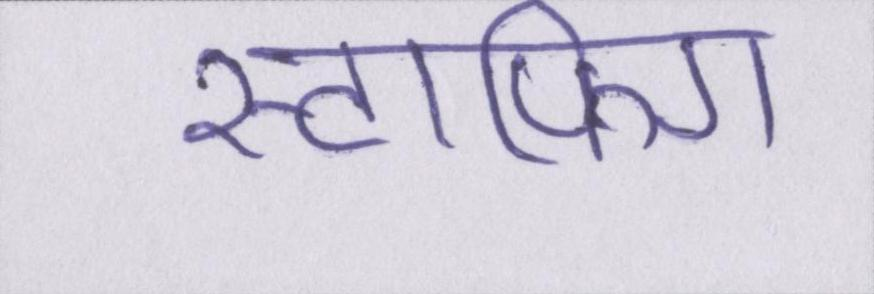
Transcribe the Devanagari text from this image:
स्टाफिंग